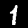
Label: 1